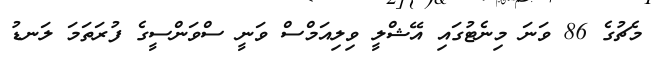
މެޗުގެ 86 ވަނަ މިނެޓުގައި އޭޝްލީ ވިލިއަމްސް ވަނީ ސްވަންސީގެ ފުރަތަމަ ލަނޑު